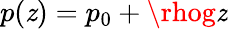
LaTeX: p(\mathit{z})=p_{0}+\rhog\mathit{z}